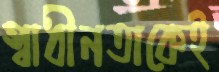
স্বাধীনতাকেই